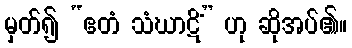
မှတ်၍ “ဧတံ သံဃာဋိံ” ဟု ဆိုအပ်၏။